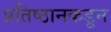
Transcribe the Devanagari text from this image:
प्रतिष्ठानकडून